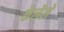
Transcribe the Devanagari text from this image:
केलॆले